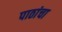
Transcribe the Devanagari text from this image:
पाठांचा